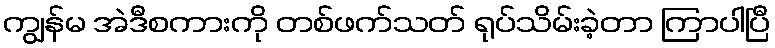
ကျွန်မ အဲဒီစကားကို တစ်ဖက်သတ် ရုပ်သိမ်းခဲ့တာ ကြာပါပြီ